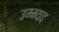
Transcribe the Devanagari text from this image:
उम्म्यद